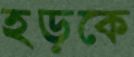
হড়কে